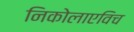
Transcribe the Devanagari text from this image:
निकोलाएविच